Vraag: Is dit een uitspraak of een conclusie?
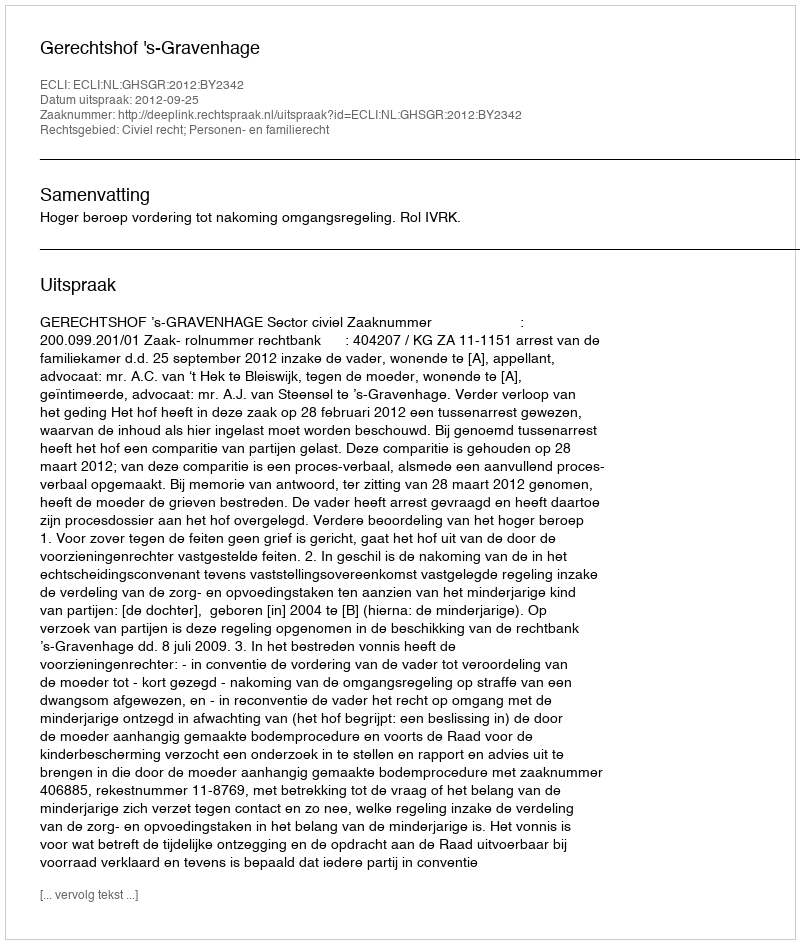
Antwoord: Uitspraak